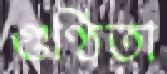
গুণ্ঠিতা